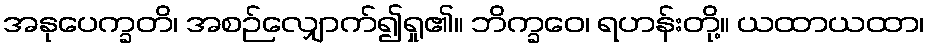
အနုပေက္ခတိ၊ အစဉ်လျှောက်၍ရှု၏။ ဘိက္ခဝေ၊ ရဟန်းတို့။ ယထာယထာ၊